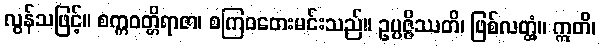
လွန်သဖြင့်။ စက္ကဝတ္တိရာဇာ၊ စကြဝတေးမင်းသည်။ ဥပ္ပဇ္ဇိဿတိ၊ ဖြစ်လတ္တံ့။ ဣတိ၊